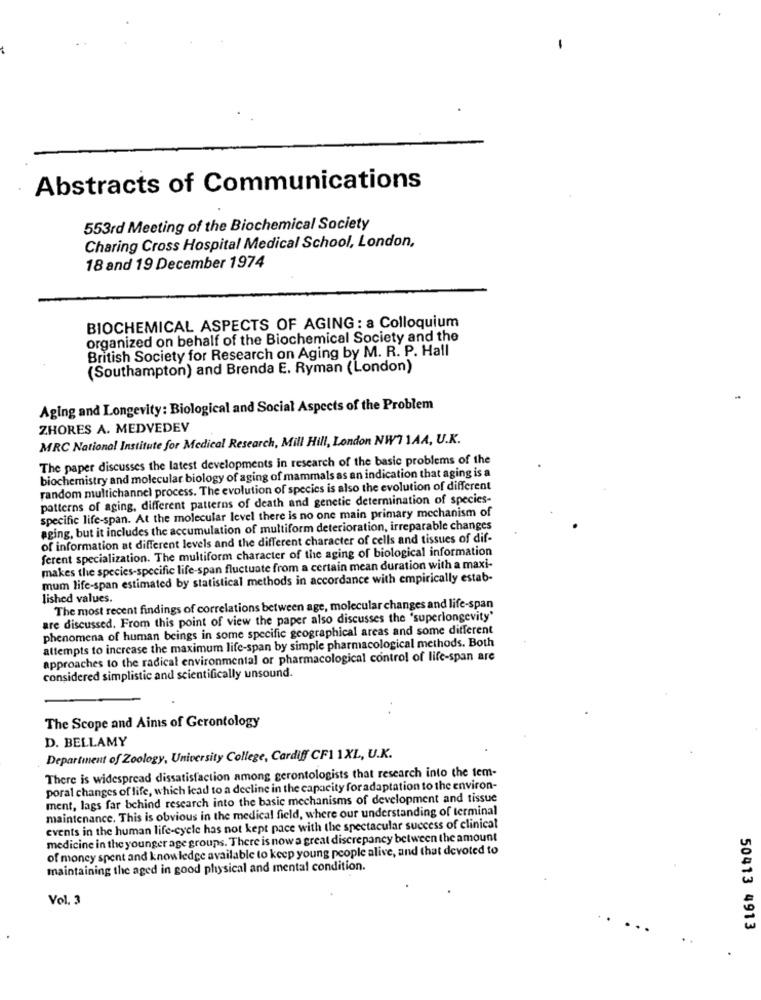
Abstracts of Communications
553rd Meeting of the Biochemical Society
Charing Cross Hospital Medical School, London,
18 and 19 December 1974
BIOCHEMICAL ASPECTS OF AGING : a Colloquium
organized on behalf of the Biochemical Society and the
British Society for Research on Aging by M. R. P. Hall
(Southampton) and Brenda E. Ryman (London)
Aging and Longevity: Biological and Social Aspects of the Problem
ZHORES A. MEDVEDEV
MRC National Institute for Medical Research, Mill Hill, London NWT 1AA, U.K.
The paper discusses the latest developments in research of the basic problems of the
biochemistry and molecular biology of aging of mammals as an indication that aging is a
random multichannel process. The evolution of species is also the evolution of different
patterns of aging, different patterns of death and genetic determination of species-
specific life-span. At the molecular level there is no one main primary mechanism of
aging, but it includes the accumulation of multiform deterioration, irreparable changes
of information at different levels and the different character of cells and tissues of dif-
ferent specialization. The multiform character of the aging of biological information
makes the species-specific life-span fluctuate from a certain mean duration with a maxi-
mum life-span estimated by statistical methods in accordance with empirically estab-
lished values.
The most recent findings of correlations between age, molecular changes and life-span
are discussed. From this point of view the paper also discusses the 'superlongevity'
phenomena of human beings in some specific geographical areas and some different
attempts to increase the maximum life-span by simple pharmacological methods. Both
approaches to the radical environmental or pharmacological control of life-span are
considered simplistic and scientifically unsound.
The Scope and Ains of Gerontology
D. BELLAMY
Department of Zoology, University College, Cardiff CF1 1XL, U.K.
There is widespread dissatisfaction among gerontologists that research into the tem-
poral changes of life, which lead to a decline in the capacity for adaptation to the environ-
ment, lags far behind research into the basic mechanisms of development and tissue
maintenance. This is obvious in the medical field, where our understanding of terminal
events in the human life-cycle has not kept pace with the spectacular success of clinical
medicine in the younger age groups. There is nowa great discrepancy between the amount
of money spent and knowledge available to keep young people alive, and that devoted to
maintaining the aged in good physical and mental condition.
Vol. 3
50413 4913